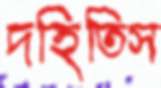
দহিতিস